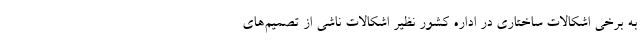
به برخی اشکالات ساختاری در اداره کشور نظیر اشکالات ناشی از تصمیم‌های